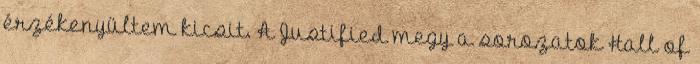
érzékenyültem kicsit. A Justified megy a sorozatok Hall of